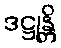
ဒဋ္ဌုန္တိ